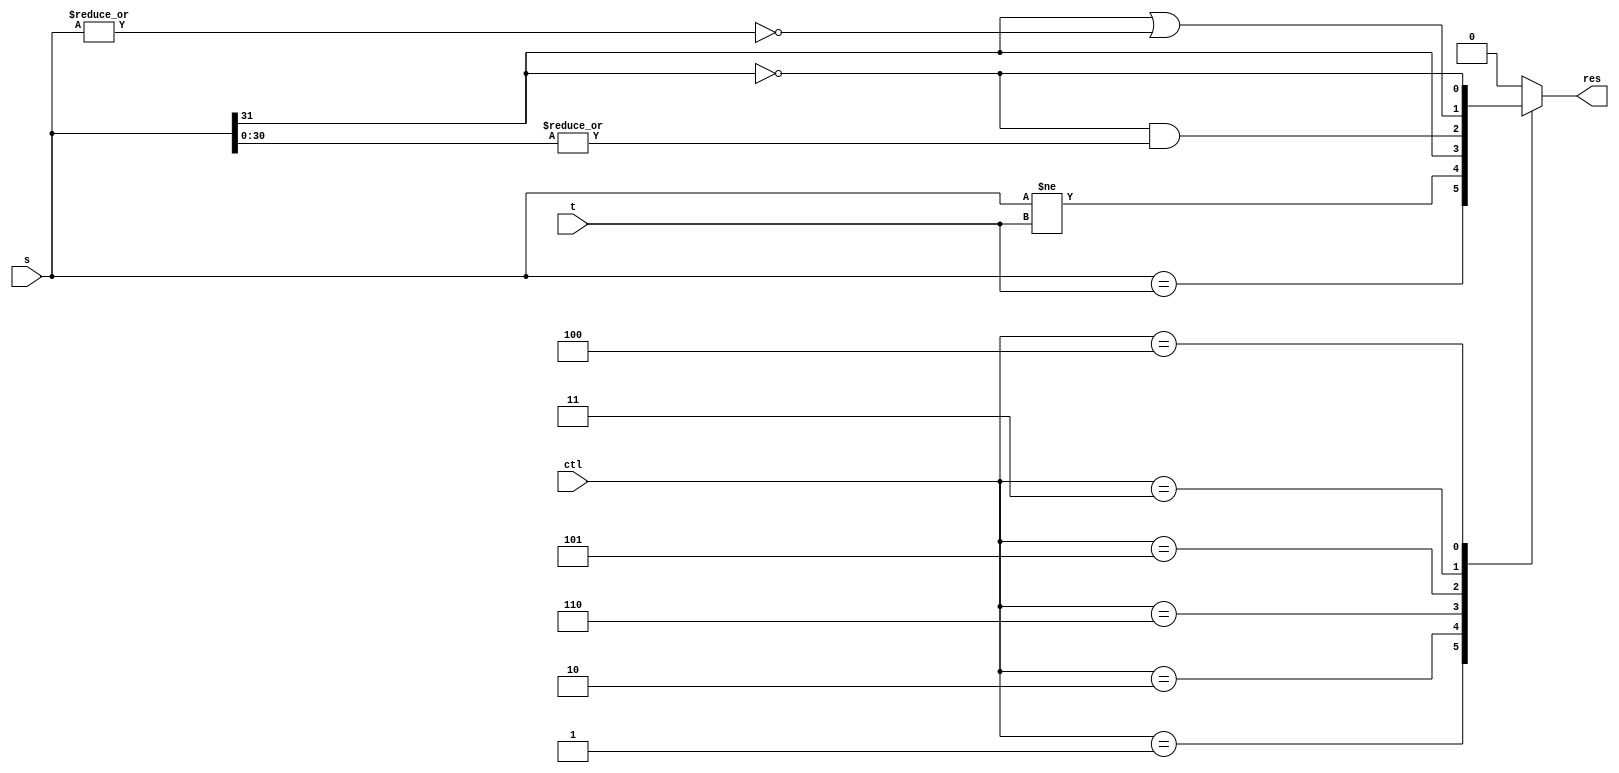
/////////////////////////////////////////////////////////////////////
////                                                             ////
////                                                             ////
////  If you encountered any problem, please contact :           ////
////                                                             ////
////  Downloaded from:                                           ////
////     http://www.opencores.org/pdownloads.cgi/list/mips789    ////
/////////////////////////////////////////////////////////////////////
////                                                             ////
//// Copyright (C) 2006-2007 Liwei                               ////
////                         mcupro@yahoo.com.hk                 ////
////                                                             ////
////                                                             ////
//// This source file may be used and distributed freely without ////
//// restriction provided that this copyright statement is not   ////
//// removed from the file and any derivative work contains the  ////
//// original copyright notice and the associated disclaimer.    ////
////                                                             ////
//// Please let the author know if it is used                    ////
//// for commercial purpose.                                     ////
////                                                             ////
////     THIS SOFTWARE IS PROVIDED ``AS IS'' AND WITHOUT ANY     ////
//// EXPRESS OR IMPLIED WARRANTIES, INCLUDING, BUT NOT LIMITED   ////
//// TO, THE IMPLIED WARRANTIES OF MERCHANTABILITY AND FITNESS   ////
//// FOR A PARTICULAR PURPOSE. IN NO EVENT SHALL THE AUTHOR      ////
//// OR CONTRIBUTORS BE LIABLE FOR ANY DIRECT, INDIRECT,         ////
//// INCIDENTAL, SPECIAL, EXEMPLARY, OR CONSEQUENTIAL DAMAGES    ////
//// (INCLUDING, BUT NOT LIMITED TO, PROCUREMENT OF SUBSTITUTE   ////
//// GOODS OR SERVICES; LOSS OF USE, DATA, OR PROFITS; OR        ////
//// BUSINESS INTERRUPTION) HOWEVER CAUSED AND ON ANY THEORY OF  ////
//// LIABILITY, WHETHER IN  CONTRACT, STRICT LIABILITY, OR TORT  ////
//// (INCLUDING NEGLIGENCE OR OTHERWISE) ARISING IN ANY WAY OUT  ////
//// OF THE USE OF THIS SOFTWARE, EVEN IF ADVISED OF THE         ////
//// POSSIBILITY OF SUCH DAMAGE.                                 ////
////                                                             ////
/////////////////////////////////////////////////////////////////////
////                                                             ////
////                                                             ////
//// Date of Creation: 2007.8.1                                  ////
////                                                             ////
//// Version: 0.0.1                                              ////
////                                                             ////
//// Description:                                                ////
////                                                             ////
////                                                             ////
/////////////////////////////////////////////////////////////////////
////                                                             ////
//// Change log:                                                 ////
////                                                             ////
/////////////////////////////////////////////////////////////////////


`define CMP_BEQ      1
`define CMP_BNE      2
`define CMP_BLEZ     3
`define CMP_BGEZ     4
`define CMP_BGTZ     5
`define CMP_BLTZ     6
`define CMP_NOP      0	  

module compare (
        input [31:0] s,
        input [31:0] t,
        input [2:0]ctl,
        output reg res
    );
    reg [32:0]sum;
    always @ (*)
    case  (ctl)
        `CMP_BEQ:   res = s==t;
        `CMP_BNE:   res = s!=t;
        `CMP_BLTZ:  res = s[31];
        `CMP_BGTZ:  res = ~s[31] && (|s[30:0]);
        `CMP_BLEZ:  res = s[31] |(~|s);
        `CMP_BGEZ:  res = ~s[31];
        default res=1'B0;
    endcase
endmodule